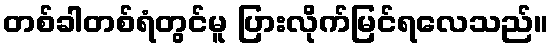
တစ်ခါတစ်ရံတွင်မူ ပြားလိုက်မြင်ရလေသည်။